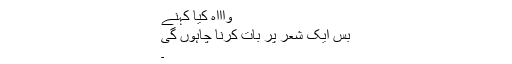
واااہ کیا کہنے
بس ایک شعر پر بات کرنا چاہوں گی
۔